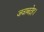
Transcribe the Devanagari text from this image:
जवाबदेह।